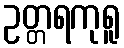
ဥတ္တရကုရူ